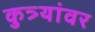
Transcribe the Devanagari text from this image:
कुत्र्यांवर